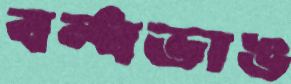
বন্ধভাঙ